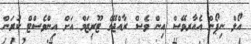
އޯލް ނިޕޯން އެއާރވޭސް އިން ވެސް ރާއްޖޭގެ ޓޫރިޒަމް އަށް އިންވެސްޓް ކުރަން